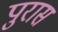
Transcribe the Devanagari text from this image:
पुरास